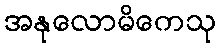
အနုလောမိကေသု